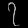
Digit: ၇